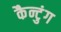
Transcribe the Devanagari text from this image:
कैन्टुंग